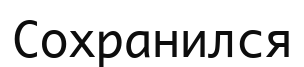
Сохранился